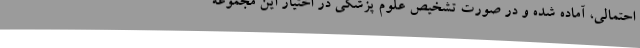
احتمالی، آماده شده و در صورت تشخیص علوم پزشکی در اختیار این مجموعه